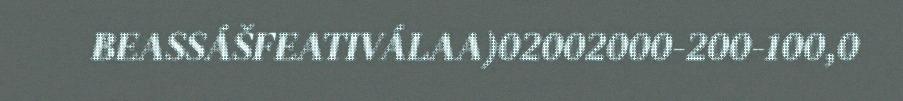
BEASSÁŠFEATIVÁLAA)02002000-200-100,0